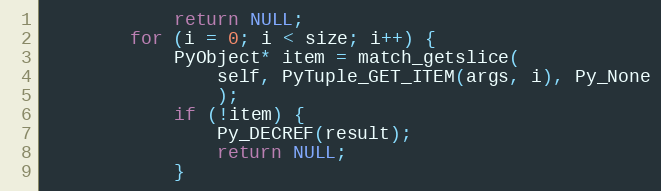
Language: C
            return NULL;
        for (i = 0; i < size; i++) {
            PyObject* item = match_getslice(
                self, PyTuple_GET_ITEM(args, i), Py_None
                );
            if (!item) {
                Py_DECREF(result);
                return NULL;
            }